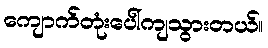
ကျောက်တုံးပေါ်ကျသွားတယ်။